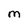
Character: m